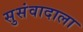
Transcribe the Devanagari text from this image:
सुसंवादाला